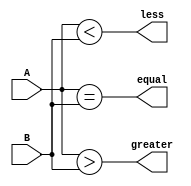
module comparator (
    input [7:0] A,
    input [7:0] B,
    output wire equal,
    output wire greater,
    output wire less
);

assign equal = (A == B);
assign greater = (A > B);
assign less = (A < B);

endmodule